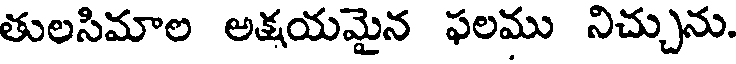
తులసిమాల అక్షయమైన ఫలము నిచ్చును.